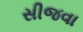
સીજવા